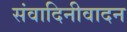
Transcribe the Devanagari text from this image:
संवादिनीवादन